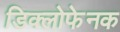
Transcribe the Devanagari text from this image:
डिक्लोफेनक